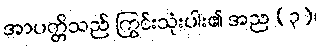
အာပတ္တိသည် ကြွင်းသုံးပါး၏ အည (၃)၊